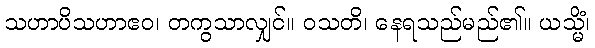
သဟာပိသဟာဧဝ၊ တကွသာလျှင်။ ဝသတိ၊ နေရသည်မည်၏။ ယသ္မိံ၊